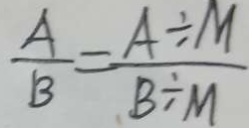
\frac { A } { B } = \frac { A \div M } { B \div M }